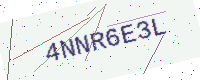
Text: 4NNR6E3L